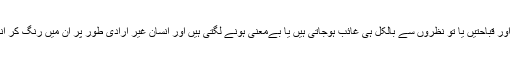
غالب تہذیب کی کمزوریاں اور قباحتیں یا تو نظروں سے بالکل ہی غائب ہوجاتی ہیں یا بےمعنی ہونے لگتی ہیں اور انسان غیر ارادی طور پر ان میں رنگ کر انھی کا ہم رنگ بن جاتا ہے۔